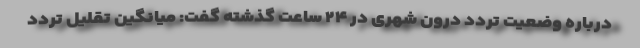
درباره وضعیت تردد درون شهری در ۲۴ ساعت گذشته گفت: میانگین تقلیل تردد